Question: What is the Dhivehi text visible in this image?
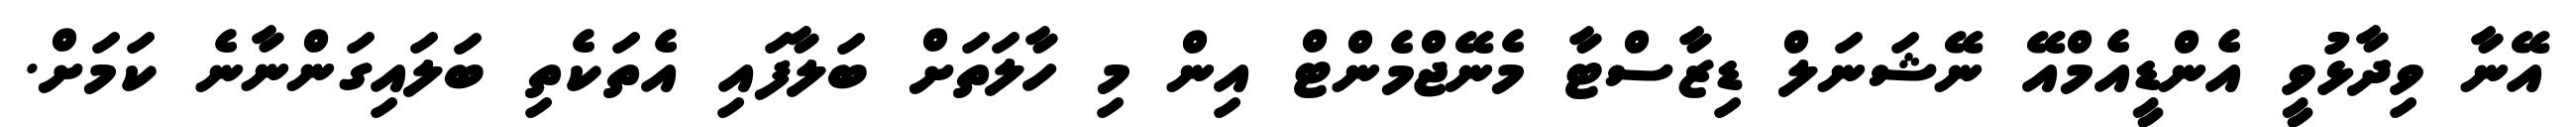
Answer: އޭނާ ވިދާޅުވީ އެންޑީއެމްއޭ ނޭޝަނަލް ޑިޒާސްޓާ މެނޭޖްމެންޓް އިން މި ހާލަތަށް ބަލާފައި އެތަކެތި ބަލައިގަންނާނެ ކަމަށް.